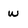
Character: w